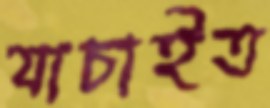
যাচাইত